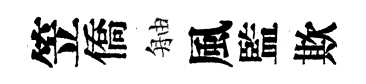
笠僑舳風監欺